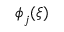
\boldsymbol { \phi } _ { j } ( \xi )